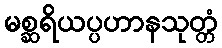
မစ္ဆရိယပ္ပဟာနသုတ္တံ